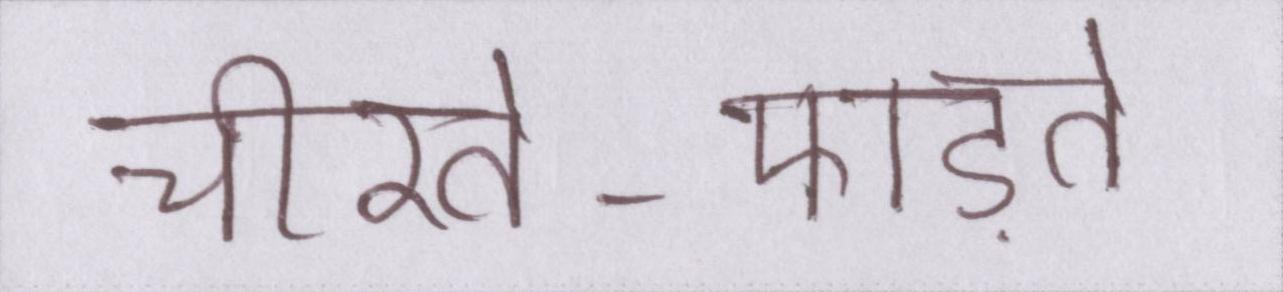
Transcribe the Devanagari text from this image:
चीरते-फाड़ते